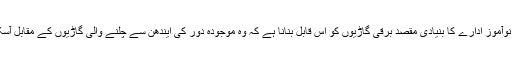
اس نوآموز ادارے کا بنیادی مقصد برقی گاڑیوں کو اس قابل بنانا ہے کہ وہ موجودہ دور کی ایندھن سے چلنے والی گاڑیوں کے مقابل آسکیں۔